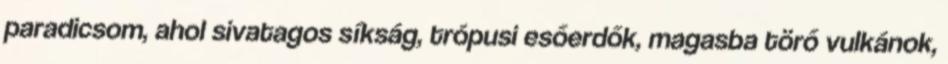
paradicsom, ahol sivatagos síkság, trópusi esőerdők, magasba törő vulkánok,